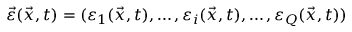
\vec { \varepsilon } ( \vec { x } , t ) = ( \varepsilon _ { 1 } ( \vec { x } , t ) , \dots , \varepsilon _ { i } ( \vec { x } , t ) , \dots , \varepsilon _ { Q } ( \vec { x } , t ) )